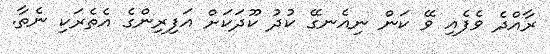
ރާއްދެ ވެފެއި ވޭ ކަން ނިއެނގޭ ކުދު ކޫދަކަށް އަފިރިންގެ އެތެރަކި ނެތާ.